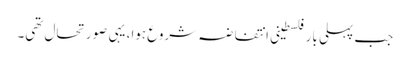
جب پہلی بار فلسطینی انتفاضہ شروع ہوا، یہی صورتحال تھی۔